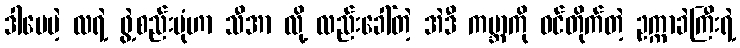
ဒါပေမဲ့ လရဲ့ ဖွဲ့စည်းပုံဟာ သီအာ လို့ လည်းခေါ်တဲ့ အဲဒီ ကမ္ဘာကို ဝင်တိုက်တဲ့ ဥက္ကာခဲကြီးရဲ့